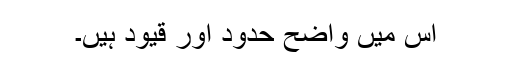
اس میں واضح حدود اور قیود ہیں۔